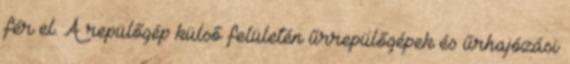
fér el. A repülőgép külső felületén űrrepülőgépek és űrhajózási